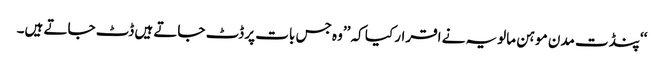
‘‘پنڈت مدن موہن مالویہ نے اقرار کیا کہ ’’وہ جس بات پر ڈٹ جاتے ہیں ڈٹ جاتے ہیں۔